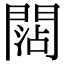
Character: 𨵍